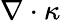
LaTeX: \nabla\cdot\kappa